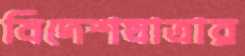
বিদেশযাত্রার